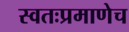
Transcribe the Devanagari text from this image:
स्वतःप्रमाणेच